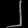
Digit: ၂